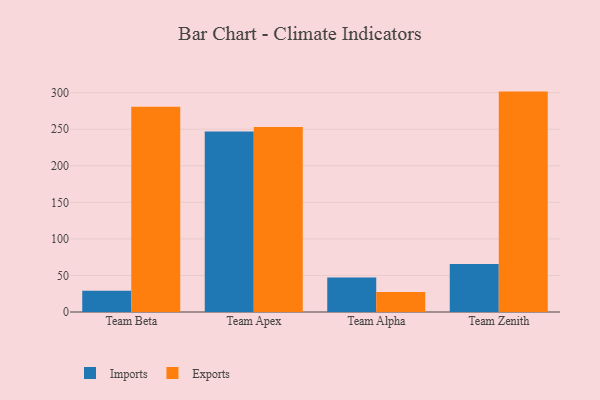
{"axis": {"x": "Team", "y": "Humidity (%)"}, "legend": ["Exports", "Imports"], "data": [{"x": "Team Beta", "y": 29.2, "type": "Imports"}, {"x": "Team Beta", "y": 280.7, "type": "Exports"}, {"x": "Team Apex", "y": 247.0, "type": "Imports"}, {"x": "Team Apex", "y": 253.1, "type": "Exports"}, {"x": "Team Alpha", "y": 47.3, "type": "Imports"}, {"x": "Team Alpha", "y": 27.2, "type": "Exports"}, {"x": "Team Zenith", "y": 65.5, "type": "Imports"}, {"x": "Team Zenith", "y": 301.5, "type": "Exports"}]}